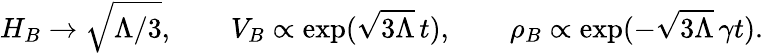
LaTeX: H_{B}\to\sqrt{\Lambda/3},\qquad V_{B}\propto\exp(\sqrt{3\Lambda}\, t),\qquad\rho_{B}\propto\exp(-\sqrt{3\Lambda}\, \gamma t).